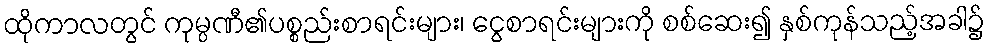
ထိုကာလတွင် ကုမ္ပဏီ၏ပစ္စည်းစာရင်းများ၊ ငွေစာရင်းများကို စစ်ဆေး၍ နှစ်ကုန်သည့်အခါ၌